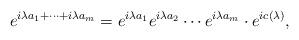
LaTeX: \begin{align*}e^{i\lambda a_1+\cdots+i\lambda a_m}=e^{i\lambda a_1}e^{i\lambda a_2}\cdots e^{i\lambda a_m}\cdot e^{ic(\lambda)},\end{align*}